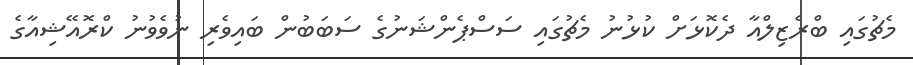
މެޗުގައި ބްރެޒިލްއާ ދެކޮޅަށް ކުޅުނު މެޗުގައި ސަސްޕެންޝަނުގެ ސަބަބުން ބައިވެރި ނުވެވުނު ކްރޮއޭޝިއާގެ